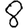
Digit: 8